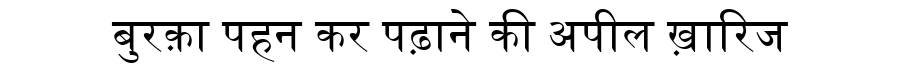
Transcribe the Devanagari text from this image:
बुरक़ा पहन कर पढ़ाने की अपील ख़ारिज